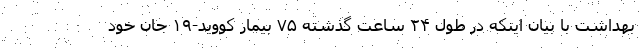
بهداشت با بیان اینکه در طول ۲۴ ساعت گذشته ۷۵ بیمار کووید-۱۹ جان خود